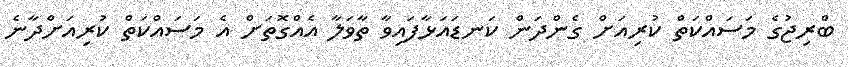
ބްރިޖުގެ މަސައްކަތް ކުރިއަށް ގެންދަން ކަނޑައަޅާފައިވާ ތާވަލާ އެއްގޮތަށް އެ މަސައްކަތް ކުރިއަށްދާނެ